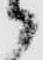
郎